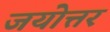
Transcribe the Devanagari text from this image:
जयोत्तर